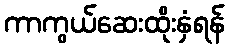
ကာကွယ်ဆေးထိုးနှံရန်